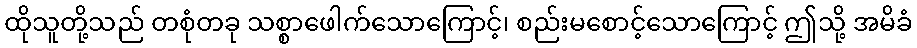
ထိုသူတို့သည် တစုံတခု သစ္စာဖေါက်သောကြောင့်၊ စည်းမစောင့်သောကြောင့် ဤသို့ အမိခံ